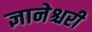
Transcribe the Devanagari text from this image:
ज्ञानेश्चरी